Civil Veterinary Department. Madras. Admin. report 1926-33 - 1926-1933
Year: 1926
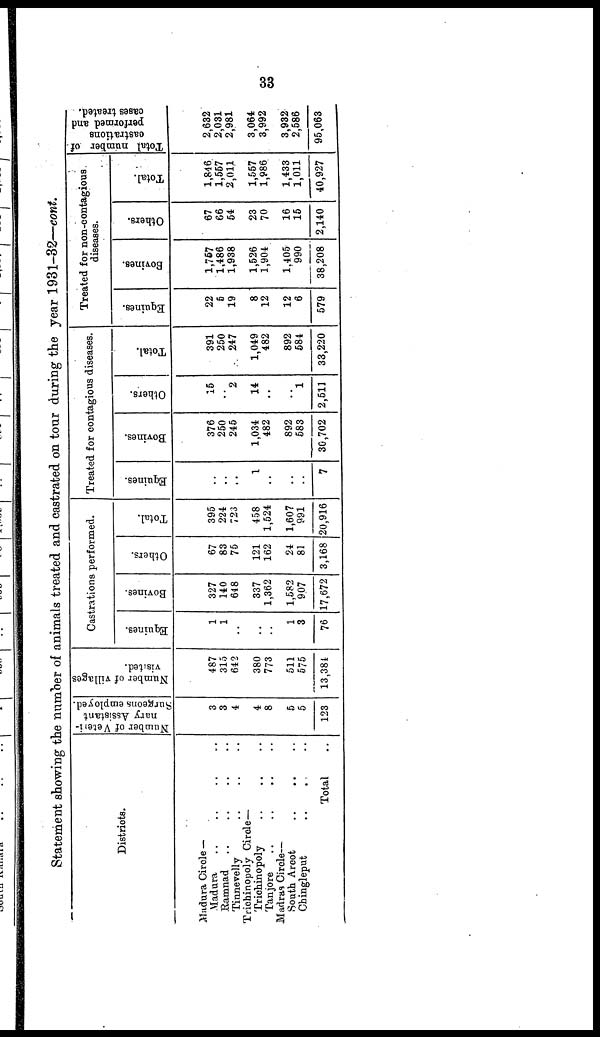
33
Statement showing the number of animals treated and castrated on tour during the year 1931-32—cont.
Districts.
Madura Circle —
Madura .. .. .. ..
Ramnad .. .. .. ..
Tinnevelly .. .. ..
Trichinopoly Circle—
Trichinopoly .. .. ..
Tanjore .. .. .. ..
Madras Circle—
South Arcot .. .. ..
Chingleput .. .. ..
Total ..
Number of Veteri-
nary Assistant
Surgeons employed.
3
3
4
4
7
5
5
123
Number of villages
visited.
487
315
642
380
773
511
575
13,384
Castrations performed.
Equines.
1
1
..
..
..
1
3
76
Bovines.
327
140
648
337
1,362
1,582
907
17,672
Others.
67
83
75
121
162
24
81
3,168
Total.
395
224
723
458
1,524
1,607
991
20,916
Treated for contagious diseases.
Equines.
..
..
..
1
..
..
..
7
Bovines.
376
250
245
1,034
482
892
583
30,702
Others.
15
..
2
14
..
..
1
2,511
Total.
391
250
247
1,049
482
892
584
33,220
Treated for non-contagious
diseases.
Equines.
22
5
19
8
12
12
6
579
Bovines.
1,767
1,486
1,938
1,526
1,904
1,405
990
38,208
Others.
67
66
54
23
70
16
15
2,140
Total.
1,846
1,557
2,011
1,557
1,986
1,433
1,011
40,927
Total number of
castrations
performed and
cases treated.
2,632
2,031
2,981
3,064
3,992
3,932
2,586
95,063